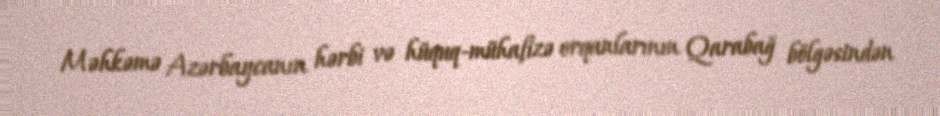
Məhkəmə Azərbaycanın hərbi və hüquq-mühafizə orqanlarının Qarabağ bölgəsindən